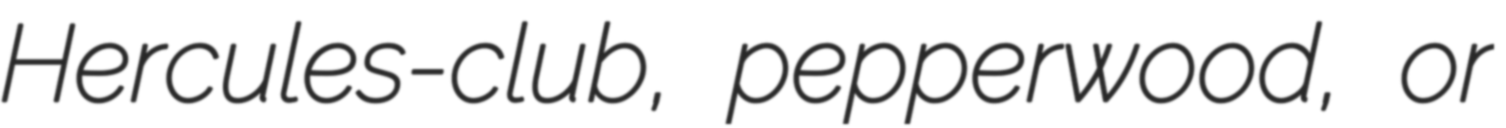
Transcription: Hercules-club, pepperwood, or